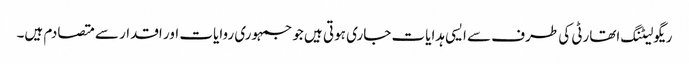
ریگولیٹنگ اتھارٹی کی طرف سے ایسی ہدایات جاری ہوتی ہیں جو جمہوری روایات اور اقدار سے متصادم ہیں۔